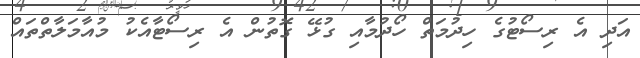
އަދި އެ ރިސޯޓުގެ ހިދުމަތް ހޯދުމާއި ގުޅޭ ގޮތުން އެ ރިސޯޓާއެކު މުއާމަލާތްތައް